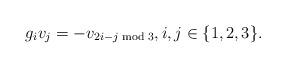
LaTeX: \begin{align*} g_i v_j=-v_{2i-j\bmod 3},i,j\in\{1,2,3\}. \end{align*}